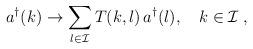
LaTeX: \begin{align*}a^{\dagger}(k) \to\sum\limits_{l \in {\cal I}}T(k,l)\,a^{\dagger}(l),\quad k \in {\cal I}\;,\end{align*}